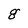
Character: g